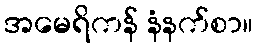
အမေရိကန် နံနက်စာ။